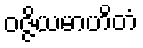
ဝဇ္ဇိယမာဟိတံ